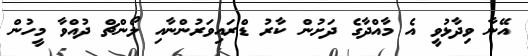
އޭނާ ވިދާޅުވީ އެ މާއްދާގެ ދަށުން ކާރު ޑްރައިވަރުންނާއި ލޯންޗް ދުއްވާ މީހުން